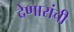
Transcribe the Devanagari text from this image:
देणारांची